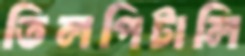
তিলপিটালি